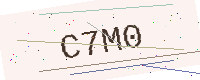
Text: C7M0